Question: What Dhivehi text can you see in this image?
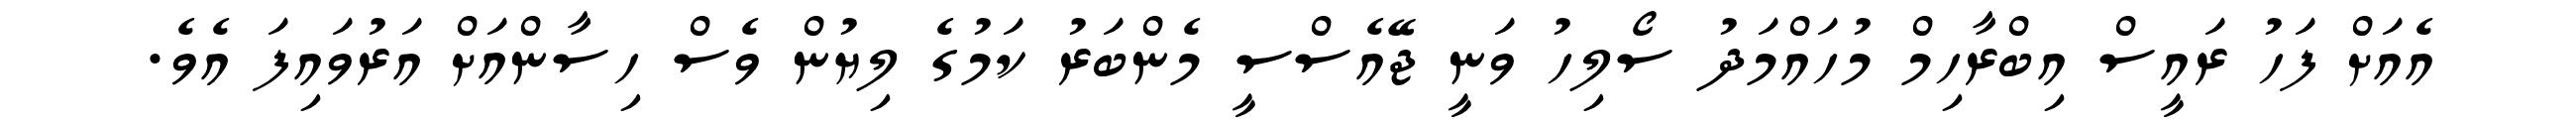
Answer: އެއަށް ފަހު ރައީސް އިބްރާހިމް މުހައްމަދު ސޯލިހު ވަނީ ޖޭއެސްސީ މެންބަރު ކަމުގެ ލިޔުން ވެސް ހިސާންއަށް އަރުވައިފަ އެވެ.